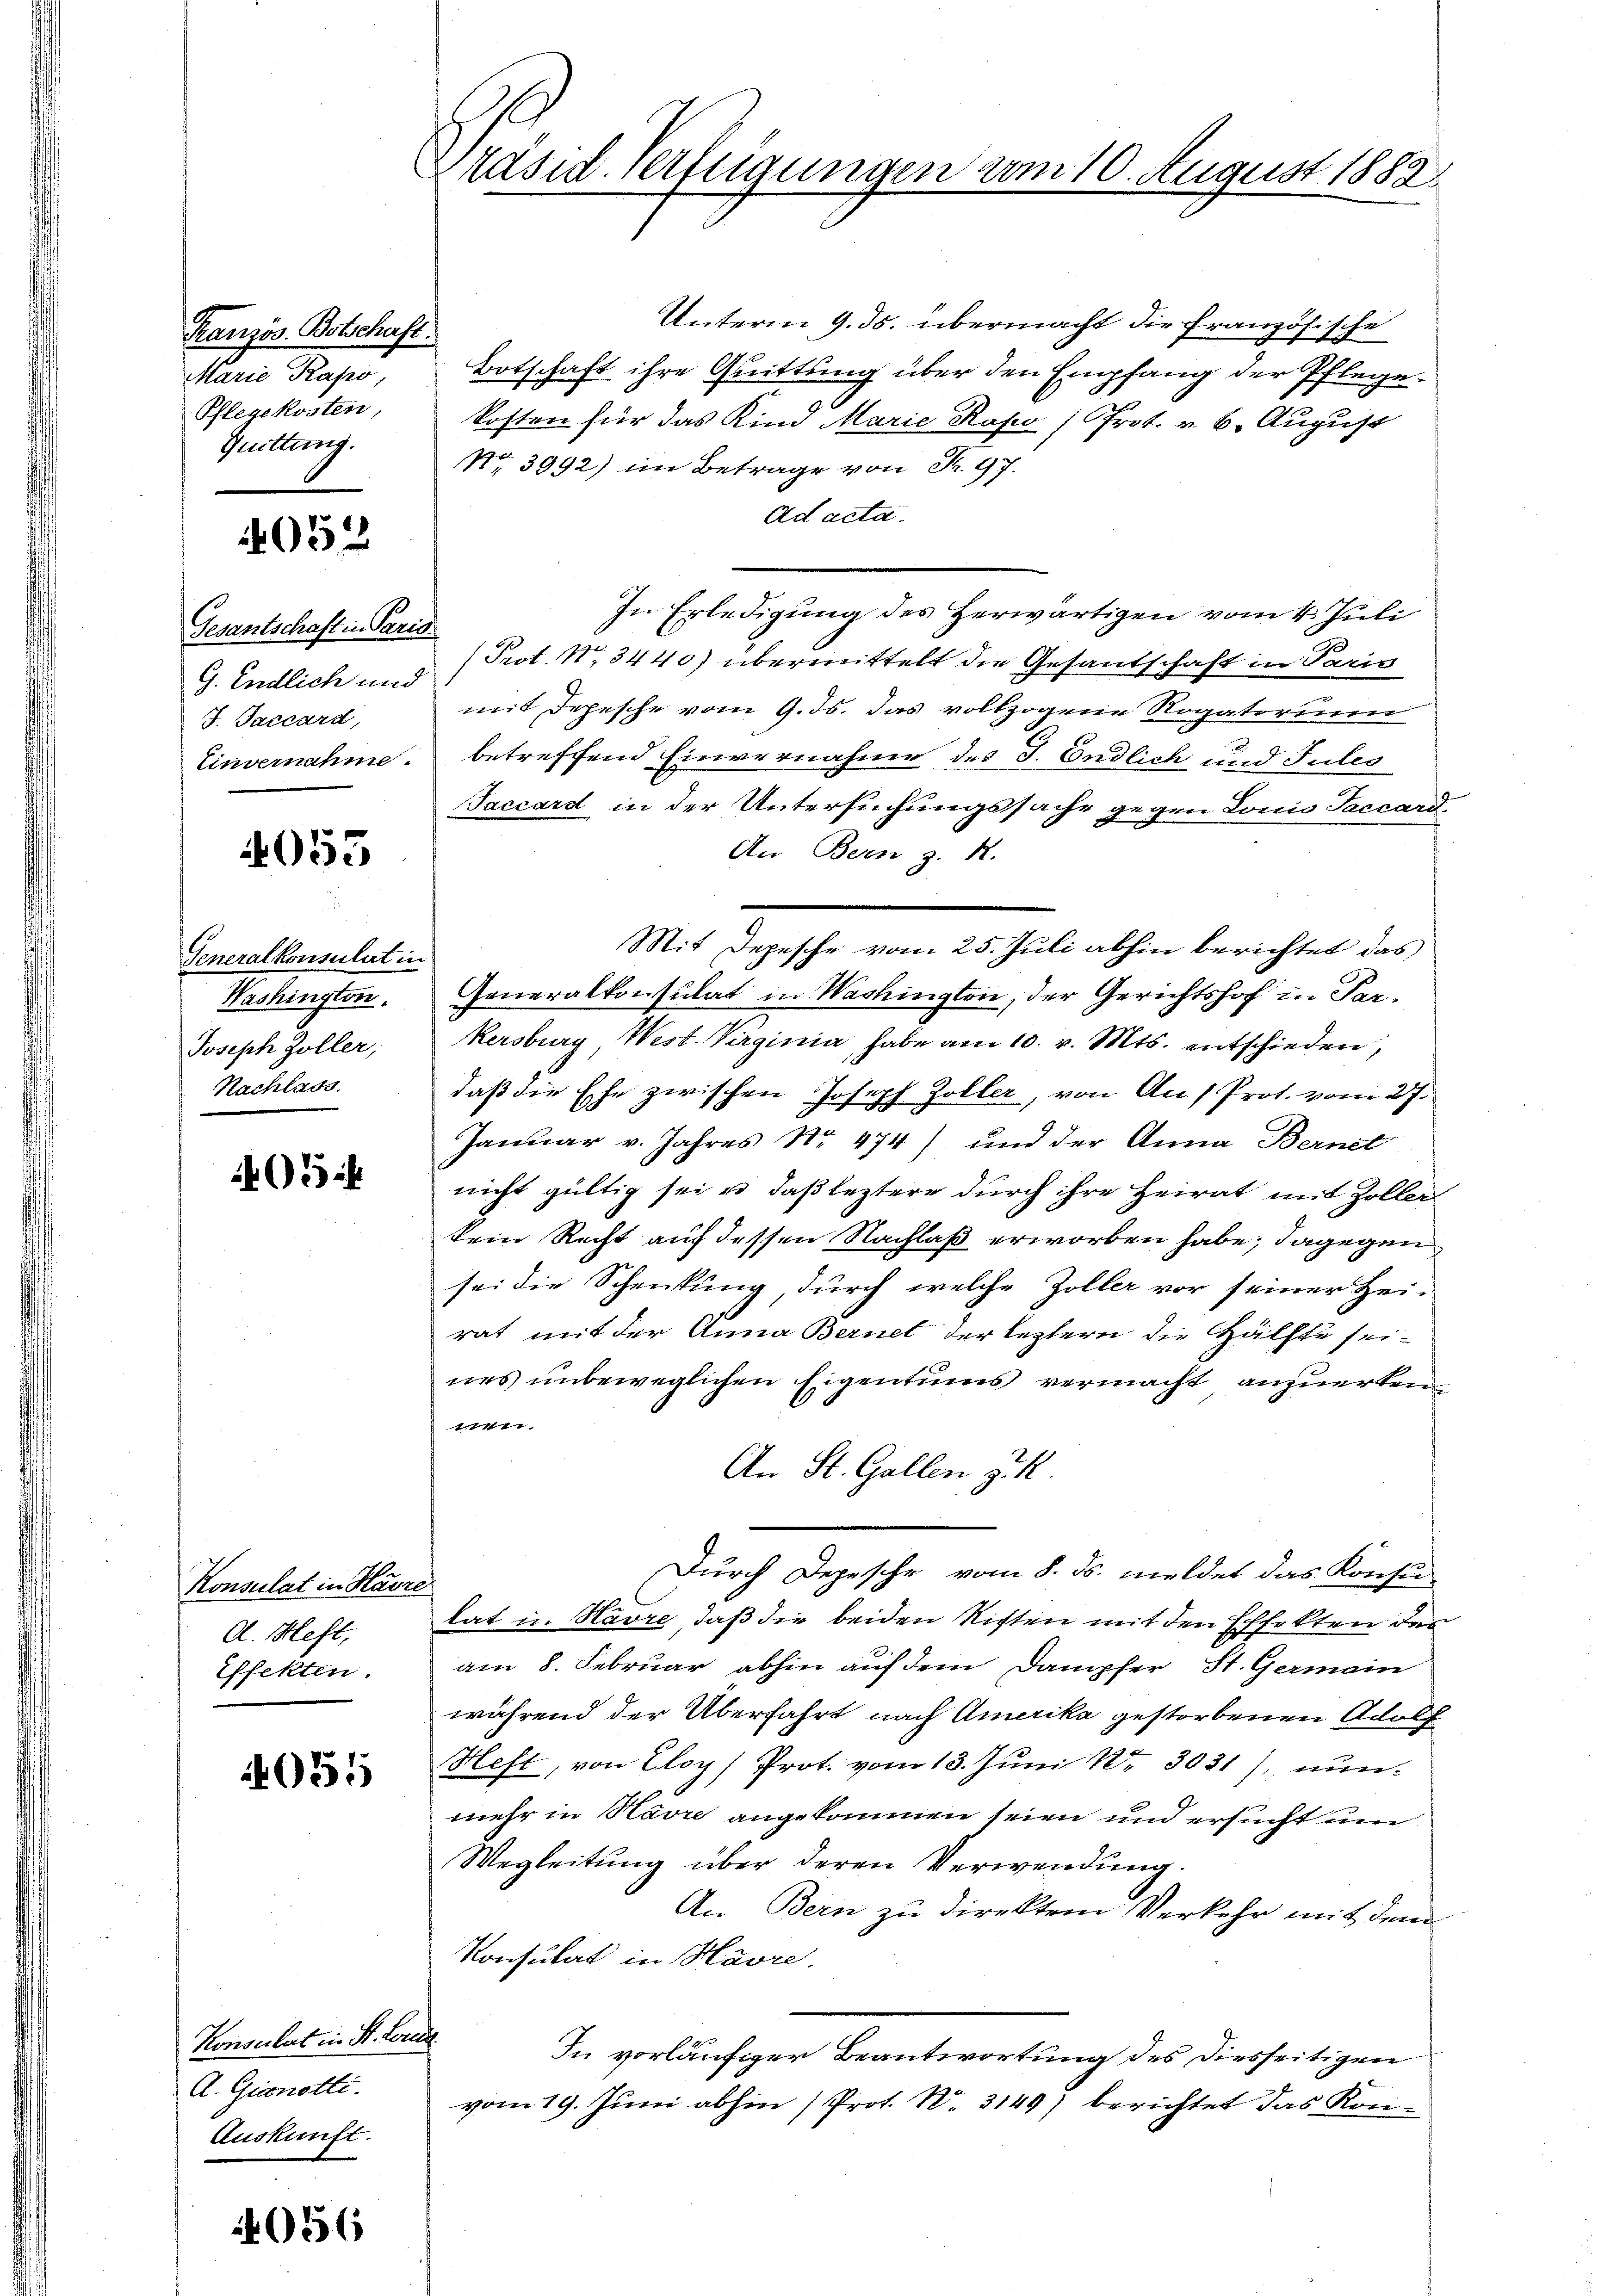
Kranzös. Botschaft.
Marie Rapo,
Pflegekosten,
Quittung.

4052

Gesantschaft in Paris
G. Endlich und
J. Jaccard,
Einvernahme.

4053

Generalkonsulat in
Washington.
Joseph Zoller,
Nachlass

054

Konsulat in Havre
d. Heft,
Effekten.

055

Konsulat in St. Lorica
A. Gianotli.
Auskunft.

4056

räsid. Verfügungen vom 10. August 1883.

Unterm 9. ds. übermacht die französische
Botschaft ihre Quittung über den Empfang der Pflegekosten für das Kind Marie Rapo (Prot. v. 6. August
No 3992) im Betrage von Fr. 97.
Ad acta.
In Erledigung des Herwärtigen vom 4. Juli
Prot. No. 3440) übermittelt die Gesantschaft in Paris
mit Depesche vom 9. ds. das vollzogene Rogatorium
betreffend Einvernahme des J. Endlich und Julio
Jaccard in der Untersuchungssache gegen Louis Faccard.
An Bern z. R.
Mit Depesche vom 25. Juli abhin berichtet das
Generalkonsulat in Washington, der Gerichtshof in Parkersburg West-Virginia habe am 10. v. Mts. entschieden,
daß die Ehe zwischen Joseph Zöller, von Auf Prot. vom 27.
Januar v. Jahres No 474) und der Anna Bernet
nicht gültig sei u. daß leztere durch ihre Heirat mit Zoller
kein Recht auf dessen Nachlaß erworben habe; dagegen
sei die Schenkung durch welche Zöller vor seiner Hei-
rat mit der Anna Bernet der leztern die Hälfte seines unbeweglichen Eigentums vermacht anzuertenti,
An St. Gallen z. K.
Durch Depesche vom 8. ds. meldet das Konsu
lat in Havre, daß die beiden Risten mit den Effekten der
am 8. Februar abhin auf dem Dampfer St. Germain
während der Überfahrt nach Amerika gestorbenen Adolf
Heft, von Eloy) Prot. vom 13. Juni Nr. 3031), nunmehr in Havre angekommen seien und ersucht um
Wegleitung über deren Verwendung.
An Bern zu direktem Verkehr mit dem
Konsulat in Havre,
In vorläufiger Beantwortung des Diesseitigen
vom 19. Juni abhin (Prot. N. 3149) berichtet das Kon¬